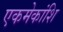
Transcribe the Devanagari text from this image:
एकमेकांशि